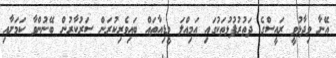
އޭނާ ވިދާޅުވީ ރައީސްގެ ދަތުރުފުޅުތަކުގައި އަމިއްލަ މީޑިއާތައް ބައިވެރިކުރަން ސަރުކާރުން ބޭނުންވާ ކަމަށާއި